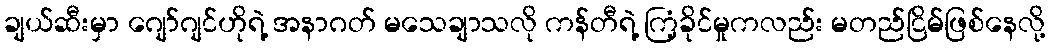
ချယ်ဆီးမှာ ဂျော်ဂျင်ဟိုရဲ့ အနာဂတ် မသေချာသလို ကန်တီရဲ့ ကြံ့ခိုင်မှုကလည်း မတည်ငြိမ်ဖြစ်နေလို့